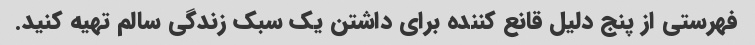
فهرستی از پنج دلیل قانع کننده برای داشتن یک سبک زندگی سالم تهیه کنید.